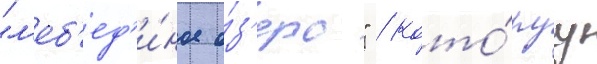
"л'еб'ед'и́ное о́з'еро" / кото́руу